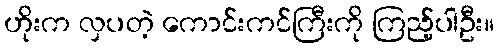
ဟိုးက လှပတဲ့ ကောင်းကင်ကြီးကို ကြည့်ပါဦး။